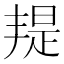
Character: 𣉄